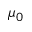
\mu _ { 0 }